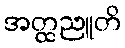
အတ္ထညူတိ